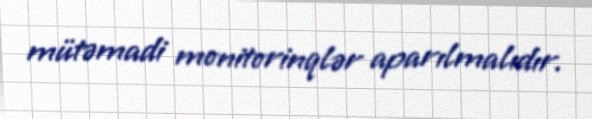
mütəmadi monitorinqlər aparılmalıdır.